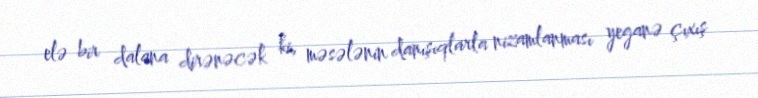
elə bir dalana dirənəcək ki, məsələnin danışıqlarla nizamlanması yeganə çıxış